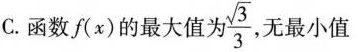
C.函数f(x)的最大值为\frac{\sqrt{3}}{3}无最小值